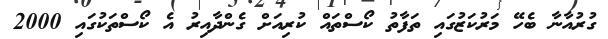
ގުރުއާނާ ބެހޭ މަރުކަޒުގައި ތަފާތު ކޯސްތައް ކުރިއަށް ގެންދާއިރު އެ ކޯސްތަކުގައި 2000